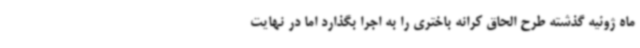
ماه ژوئیه گذشته طرح الحاق کرانه باختری را به اجرا بگذارد اما در نهایت